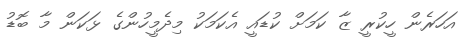
އަހަރެން ހީކުރީ ޒާ ކަމަށް ކުޑައީ އެކަމަކު މިދެމީހުންގެ ޅަކަން މާ ބޮޑު